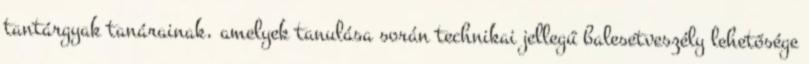
tantárgyak tanárainak, amelyek tanulása során technikai jellegű balesetveszély lehetősége